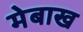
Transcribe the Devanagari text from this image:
मेबाख